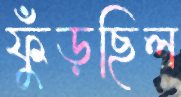
ফুঁড়ছিল